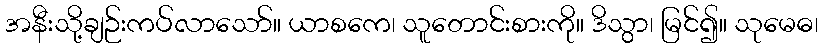
အနီးသို့ချဉ်းကပ်လာသော်။ ယာစကေ၊ သူတောင်းစားကို။ ဒိသွာ၊ မြင်၍။ သုမေဓ၊